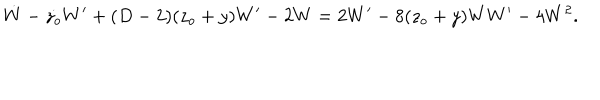
\dot { W } - \dot { z _ { o } } W ^ { \prime } + ( D - 2 ) ( z _ { o } + y ) W ^ { \prime } - 2 W = 2 W ^ { \prime } - 8 ( z _ { o } + y ) W W ^ { \prime } - 4 W ^ { 2 } .